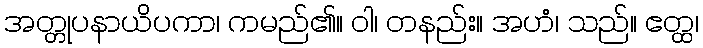
အတ္တုပနာယိပကာ၊ ကမည်၏။ ဝါ၊ တနည်း။ အဟံ၊ သည်။ ဧတ္ထ၊